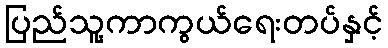
ပြည်သူ့ကာကွယ်ရေးတပ်နှင့်